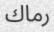
رماك